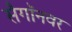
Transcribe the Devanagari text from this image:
सैगॉनवर